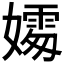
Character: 𪦦